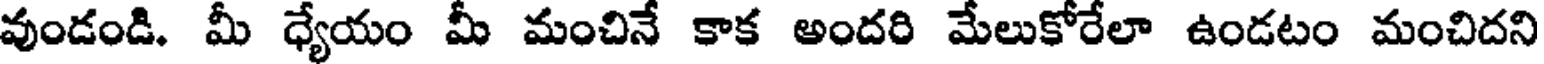
వుండండి. మీ ధ్యేయం మీ మంచినే కాక అందరి మేలుకోరేలా ఉండటం మంచిదని